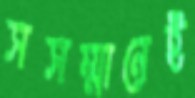
সসম্মানেই